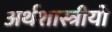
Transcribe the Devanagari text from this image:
अर्थशास्त्रीयो